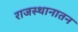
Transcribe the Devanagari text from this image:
राजस्थानातन